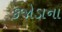
કજોડાના